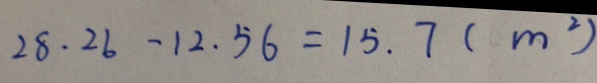
2 8 . 2 6 - 1 2 . 5 6 = 1 5 . 7 ( m ^ { 2 } )